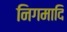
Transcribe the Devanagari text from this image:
निगमादि